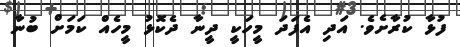
ފުޅާ ކުރާށެވެ. އަދި އެފަދަ މީހަކީ ދީނާ ދެކޮޅު މީހެއް ކަމަށް ބުނާ